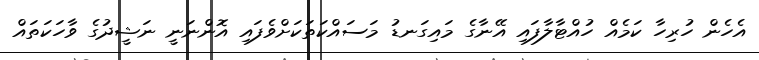
އެހެން ހުރިހާ ކަމެއް ހުއްޓާލާފައި އޭނާގެ މައިގަނޑު މަސައްކަތަކަށްވެފައި އޮންނަނީ ނަޝީދުގެ ވާހަކަތައް